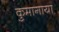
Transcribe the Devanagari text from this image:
कुमागाया